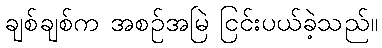
ချစ်ချစ်က အစဉ်အမြဲ ငြင်းပယ်ခဲ့သည်။